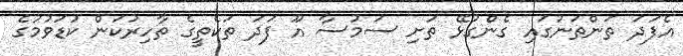
އެފަދަ ތަންތަނުގައި ގެންގުޅޭ ތަށި ސަމުސާ އޫ ފަދަ ތަކެތީގެ ތާހިރުކަން ކުޑަވުމުގެ